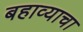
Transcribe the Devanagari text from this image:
बहाव्याचा